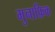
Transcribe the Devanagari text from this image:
मुनाफ़िक